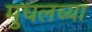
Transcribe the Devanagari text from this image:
मुघलच्या